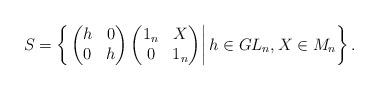
LaTeX: \begin{align*}S=\left\{\left.\begin{pmatrix}h&0\\0&h\end{pmatrix}\begin{pmatrix}1_n&X\\0&1_n\end{pmatrix}\right| h\in GL_{n}, X\in M_{n}\right\}.\end{align*}